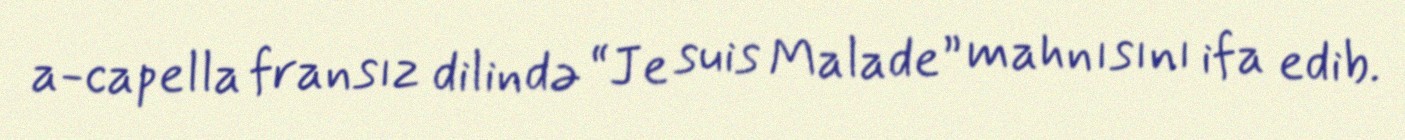
a-capella fransız dilində “Je suis Malade” mahnısını ifa edib.